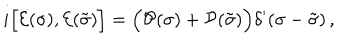
LaTeX: i \Bigl [ { \cal E } ( \sigma ) , { \cal E } ( \tilde { \sigma } ) \Bigr ] = \Bigl ( { \cal P } ( \sigma ) + { \cal P } ( \tilde { \sigma } ) \Bigr ) \delta ^ { \prime } ( \sigma - \tilde { \sigma } ) \, ,